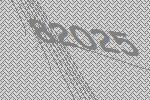
82025